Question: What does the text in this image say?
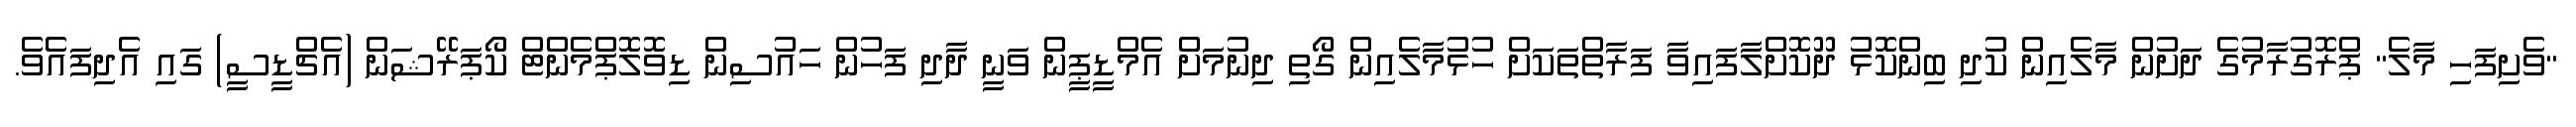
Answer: "ވެށިފަހި މާލެ" ޕްރޮގުރާމުގެ ދަށުން މާލެއިން ކުދި ބިންކޮޅު ދޫކޮށްލާފައިވާ ފަރާތްތަކަށް ހުޅުމާލެއިން ގޯތި ދިނުމަށް އެމްޑީޕީން ވަނީ ދާދި ފަހުން ހައުސިން ޑިވޮލޮޕްމެންޓް ކޯޕަރޭޝަން (އެޗްޑީސީ) ގައި އެދިފައެވެ.